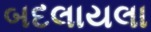
બદલાયલા